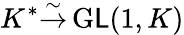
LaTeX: K^{*}{\overset{\sim}{\to}}\operatorname{G\mathsf{L}}(1,K)